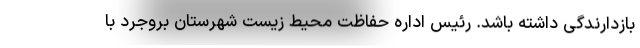
بازدارندگی داشته باشد. رئیس اداره حفاظت محیط زیست شهرستان بروجرد با